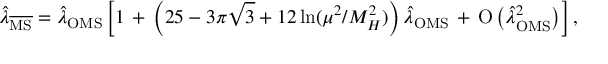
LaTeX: \hat { \lambda } _ { \overline { { \mathrm { M S } } } } = \hat { \lambda } _ { \mathrm { O M S } } \left[ 1 \, + \, \left( 2 5 - 3 \pi \sqrt { 3 } + 1 2 \ln ( { \mu ^ { 2 } } / { M _ { H } ^ { 2 } } ) \right) \hat { \lambda } _ { \mathrm { O M S } } \, + \, \mathrm { O } \left( \hat { \lambda } _ { \mathrm { O M S } } ^ { 2 } \right) \right] ,